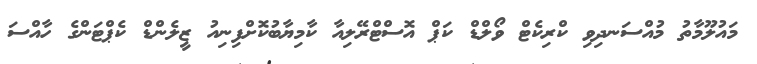
މައުލޫމާތު މުއްސަނދިވި ކްރިކެޓް ވޯލްޑް ކަޕް އޮސްޓްރޭލިއާ ކާމިޔާބުކޮށްފިނިއު ޒީލެންޑް ކެޕްޓަންގެ ހާއްސަ